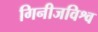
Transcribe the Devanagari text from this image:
गिनीजविश्व